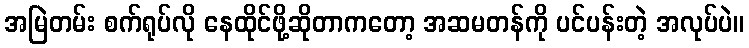
အမြဲတမ်း စက်ရုပ်လို နေထိုင်ဖို့ဆိုတာကတော့ အဆမတန်ကို ပင်ပန်းတဲ့ အလုပ်ပဲ။